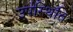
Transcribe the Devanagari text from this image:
उप॑स्थिति